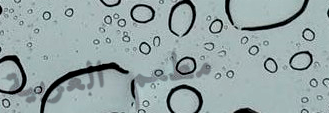
مطعم العربية